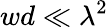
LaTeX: wd\ll\lambda^{2}